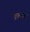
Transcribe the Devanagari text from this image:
व्रफमबद्ध